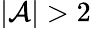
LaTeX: |{\cal A}|>2